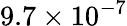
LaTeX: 9.7\times 10^{-7}